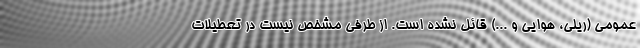
عمومی (ریلی، هوایی و ...) قائل نشده است. از طرفی مشخص نیست در تعطیلات